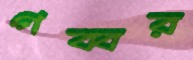
গব্বর